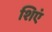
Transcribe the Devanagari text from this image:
शिएं